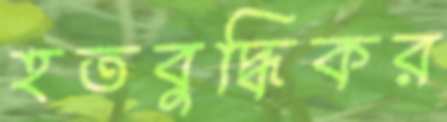
হতবুদ্ধিকর